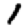
Digit: 1